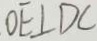
O E \bot D C